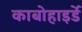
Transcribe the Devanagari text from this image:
काबोहाइर्डे